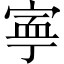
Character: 寕